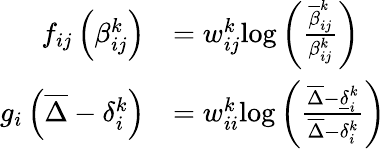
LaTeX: \begin{array}{rl}{f_{ij}\left(\beta_{ij}^{k}\right)}&{=w_{ij}^{k}\mathrm{log}\left(\frac{\overline{{\beta}}_{ij}^{k}}{\beta_{ij}^{k}}\right)}\\ {g_{i}\left(\overline{{\Delta}}-\delta_{i}^{k}\right)}&{=w_{ii}^{k}\mathrm{log}\left(\frac{\overline{{\Delta}}-\underline{{\delta}}_{i}^{k}}{\overline{{\Delta}}-\delta_{i}^{k}}\right)}\end{array}